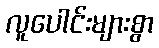
လူပေါင်းများစွာ